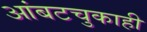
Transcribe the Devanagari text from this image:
आंबटचुकाही